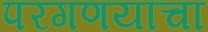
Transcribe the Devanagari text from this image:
परगणयाचा